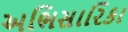
અભિસારિકા